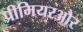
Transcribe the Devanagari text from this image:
प्रीमियरऔर